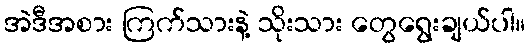
အဲဒီအစား ကြက်သားနဲ့ သိုးသား တွေရွေးချယ်ပါ။